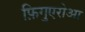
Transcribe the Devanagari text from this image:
फ़िगुएरोआ